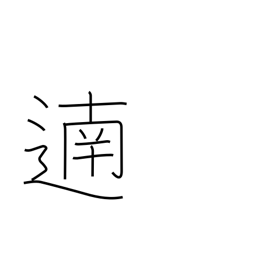
Meaning: bravo